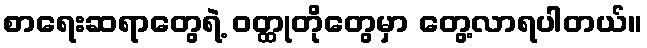
စာရေးဆရာတွေရဲ့ ဝတ္ထုတိုတွေမှာ တွေ့လာရပါတယ်။